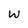
Character: W